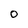
Character: O